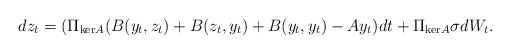
\begin{align*}dz_t = (\Pi_{\mathrm{ker}A}(B(y_t,z_t) + B(z_t,y_t) + B(y_t,y_t)-Ay_t)dt + \Pi_{\mathrm{ker}A}\sigma dW_t. \end{align*}